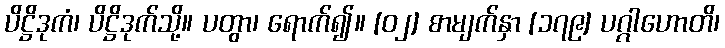
ပိဋ္ဌိဒုကံ၊ ပိဋ္ဌိဒုက်သို့။ ပတွာ၊ ရောက်၍။ [၀၂] စာမျက်နှာ [၁၇၉] ပဂ္ဂါဟောတိ၊